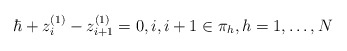
\begin{align*}\hbar+z^{(1)}_i-z^{(1)}_{i+1}=0,i,i+1\in \pi_h,h=1,\ldots,N\end{align*}